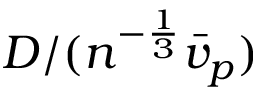
D / ( n ^ { - \frac { 1 } { 3 } } \bar { v } _ { p } )